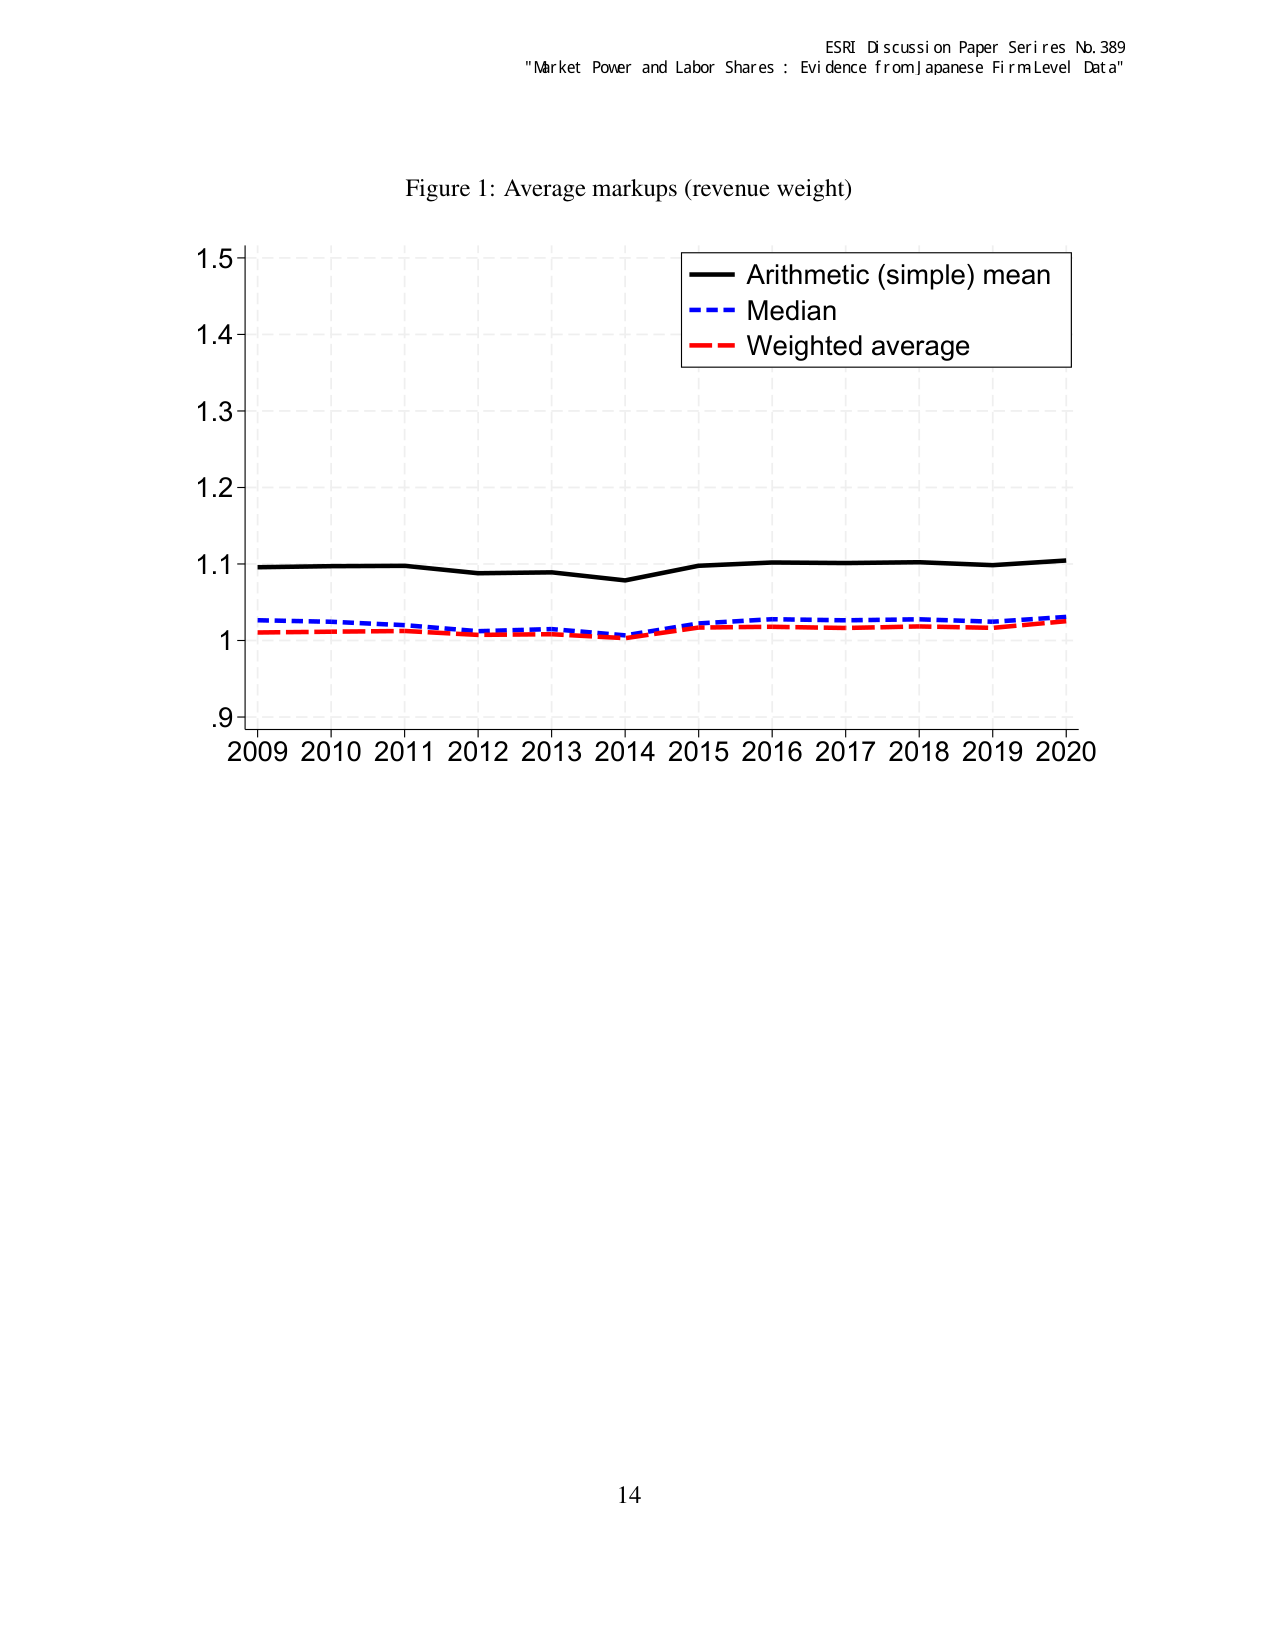
ESRI Discussion Paper Series No. 389
"Market Power and Labor Shares : Evidence from Japanese Firm Level Data"

Figure 1: Average markups (revenue weight)

1.5
1.4
1.3
1.2
1.1
1
.9

2009 2010 2011 2012 2013 2014 2015 2016 2017 2018 2019 2020

Arithmetic (simple) mean
Median
Weighted average

14